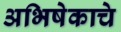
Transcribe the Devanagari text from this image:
अभिषेकाचे